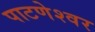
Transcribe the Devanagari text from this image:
पाटणेश्वर